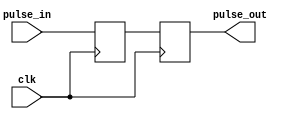
module pulse_synchronizer (
    input wire clk,
    input wire pulse_in,
    output reg pulse_out
);

reg pulse_capture;

always @(posedge clk) begin
    pulse_capture <= pulse_in;
    pulse_out <= pulse_capture;
end

endmodule